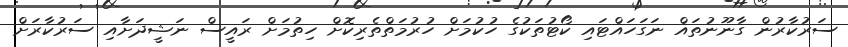
ސަރުކާރުން ގާނޫނުތައް ނަގަހައްޓައި ކޯޓުތަކުގެ ހުކުމަށް ހުރުމަތްތެރިކޮށް ހިތުމަށް ރައީސް ނަޝީދަށާއި ސަރުކާރަށް